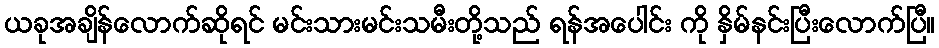
ယခုအချိန်လောက်ဆိုရင် မင်းသားမင်းသမီးတို့သည် ရန်အပေါင်း ကို နှိမ်နင်းပြီးလောက်ပြီ။